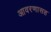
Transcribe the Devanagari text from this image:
आवरणासह